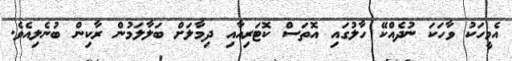
އެމީހަކު ވާހަކަ ނުދެއްކޭ ހާލުގައި އޮތަސް ކޮޓަރިއާއި ދިމާލަށް ބަލާލަމުން ރާކިން ބުނެލިއެވެ.